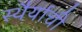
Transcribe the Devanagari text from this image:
स्थैर्याची